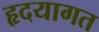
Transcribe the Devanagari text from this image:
हृदयागत